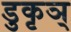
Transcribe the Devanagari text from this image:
डुकृञ्